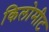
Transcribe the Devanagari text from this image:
किलोमीट